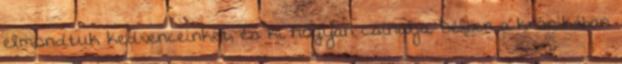
elmondtuk kedvenceinket, és ki hogyan csinálja. Délben a krónikában